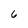
Character: 6